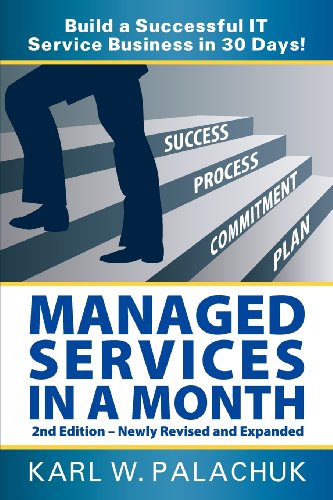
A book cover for Managed Services in a Month - Build a Successful It Service Business in 30 Days - 2nd Ed.; Karl W. Palachuk; Computers & Technology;